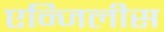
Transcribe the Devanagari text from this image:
एन्जिलीस